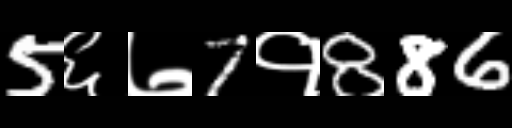
Text: 5६७7१886